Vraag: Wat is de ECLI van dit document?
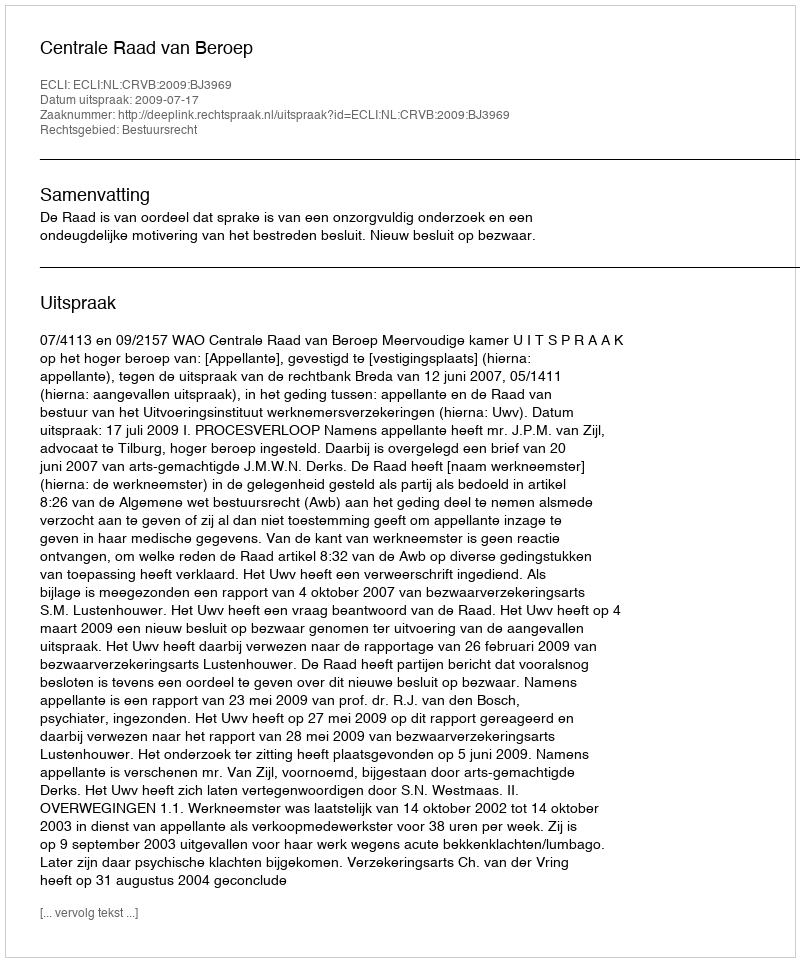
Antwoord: ECLI:NL:CRVB:2009:BJ3969